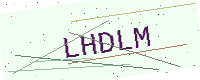
Text: LHDLM